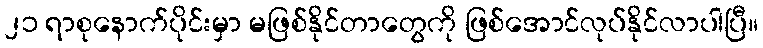
၂၁ ရာစုနောက်ပိုင်းမှာ မဖြစ်နိုင်တာတွေကို ဖြစ်အောင်လုပ်နိုင်လာပါပြီ။